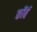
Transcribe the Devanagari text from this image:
कॉर्ब